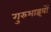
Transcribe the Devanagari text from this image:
गुरुभाइयों